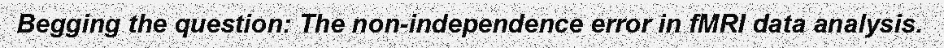
Begging the question: The non-independence error in fMRI data analysis.